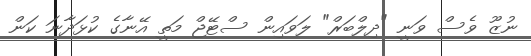
ނުޒޫ ވެސް ވަނީ "ދިލްބަރް" ލަވައިން ސްޓޭޖް މަތީ އޭނާގެ ކުޅަދާނަ ކަން